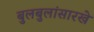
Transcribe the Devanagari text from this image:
बुलबुलांसारखे